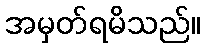
အမှတ်ရမိသည်။